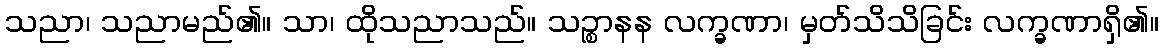
သညာ၊ သညာမည်၏။ သာ၊ ထိုသညာသည်။ သဉ္စာနန လက္ခဏာ၊ မှတ်သိသိခြင်း လက္ခဏာရှိ၏။